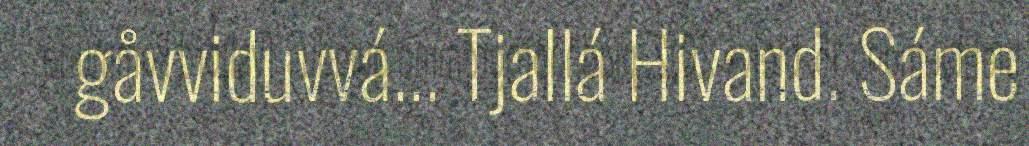
gåvviduvvá... Tjallá Hivand. Sáme